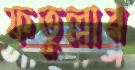
ফতুল্লার